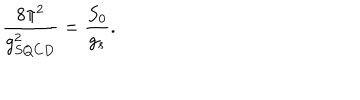
LaTeX: \frac { 8 \pi ^ { 2 } } { g _ { S Q C D } ^ { 2 } } = \frac { S _ { 0 } } { g _ { s } } .